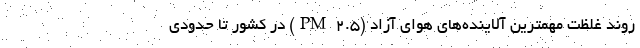
روند غلظت مهمترین آلاینده‌های هوای آزاد (PM ۲.۵) در کشور تا حدودی